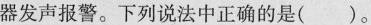
器发声报警。下列说法中正确的是( )。